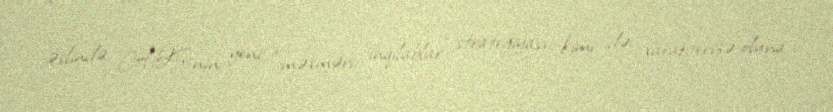
əslində ABŞ-nin yeni “məxməri inqilablar” strategiyası kimi də xarakterizə oluna